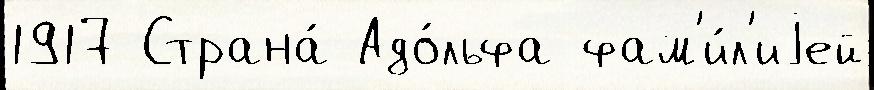
1917 Страна́ Адо́льфа фам'и́л'иjей